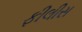
ફીલીસ